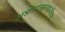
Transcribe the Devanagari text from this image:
अन्नासाखाखाळीचा